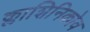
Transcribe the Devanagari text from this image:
क्लाशिनिकोव